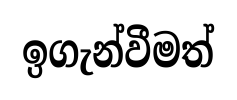
ඉගැන්වීමත්